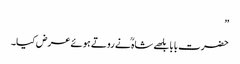
”
حضرت بابا بلھے شاہ ؒ نے روتے ہوئے عرض کیا۔